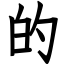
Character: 的